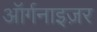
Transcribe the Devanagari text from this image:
ऑर्गनाइज़र